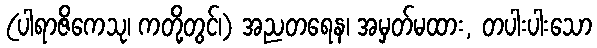
(ပါရာဇိကေသု၊ ကတို့တွင်၊) အညတရေန၊ အမှတ်မထား, တပါးပါးသော